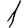
Digit: 1